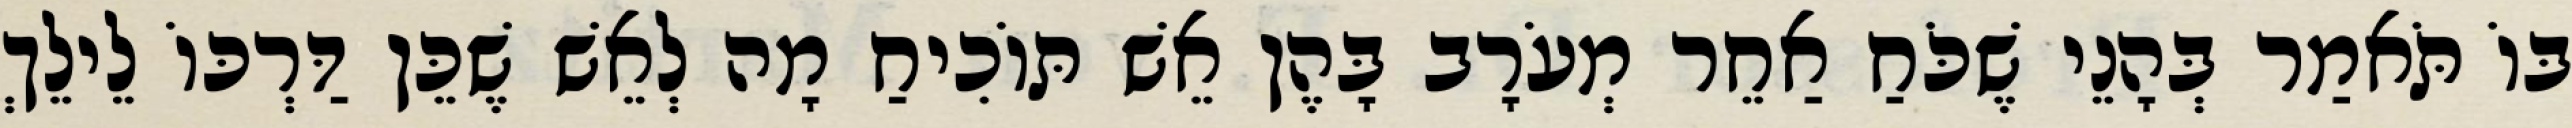
בּוֹ תֹּאמַר בְּהָנֵי שֶׁכֹּחַ אַחֵר מְעֹרָב בָּהֶן אֵשׁ תּוֹכִיחַ מָה לְאֵשׁ שֶׁכֵּן דַּרְכּוֹ לֵילֵךְ